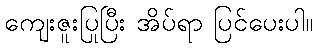
ကျေးဇူးပြုပြီး အိပ်ရာ ပြင်ပေးပါ။